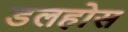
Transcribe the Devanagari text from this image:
डलहोस